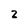
Character: Z